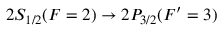
2 S _ { 1 / 2 } ( F = 2 ) \rightarrow 2 P _ { 3 / 2 } ( F ^ { \prime } = 3 )